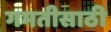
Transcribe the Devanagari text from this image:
गमतीसाठी